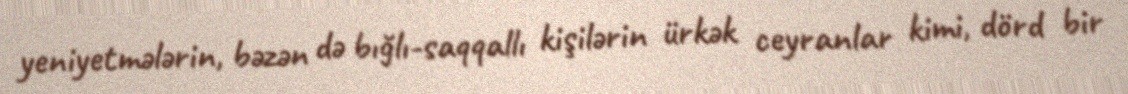
yeniyetmələrin, bəzən də bığlı-saqqallı kişilərin ürkək ceyranlar kimi, dörd bir